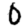
Digit: 0